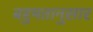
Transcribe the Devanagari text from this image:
बहुमतानुसार